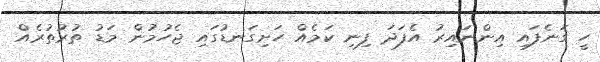
ހީ ގަނެފައި އިންނައިރު އެފަދަ ފިނި ކަމެއް ހަށިގަނޑުގައި ޖެހުމުން މަޑު ތުރުތުރެއް